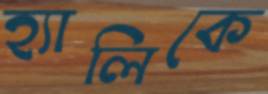
হ্যালিকে